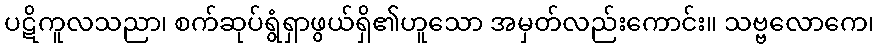
ပဋိကူလသညာ၊ စက်ဆုပ်ရွံရှာဖွယ်ရှိ၏ဟူသော အမှတ်လည်းကောင်း။ သဗ္ဗလောကေ၊